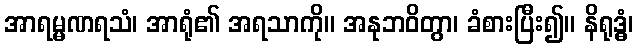
အာရမ္မဏရသံ၊ အာရုံ၏ အရသာကို။ အနုဘဝိတွာ၊ ခံစားပြီး၍။ နိရုဒ္ဓံ၊